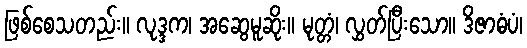
ဖြစ်စေသတည်း။ လုဒ္ဒက၊ အဆွေမူဆိုး။ မုတ္တံ၊ လွှတ်ပြီးသော။ ဒိဇာဓံပံ၊